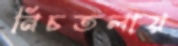
নিচতলায়